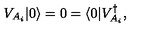
V _ { A _ { i } } \arrowvert 0 \rangle = 0 = \langle 0 \arrowvert V _ { A _ { i } } ^ { \dagger } ,